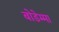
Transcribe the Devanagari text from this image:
बोडेम्मा